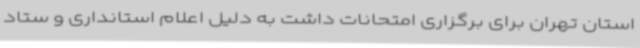
استان تهران برای برگزاری امتحانات داشت به دلیل اعلام استانداری و ستاد